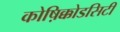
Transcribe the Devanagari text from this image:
कोष़िक्कोडसिटी